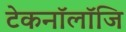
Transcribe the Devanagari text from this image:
टेकनॉलॉजि